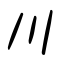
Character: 川